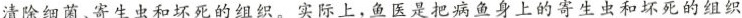
清除细菌、寄生虫和坏死的组织。实际上，鱼医是把病鱼身上的寄生虫和坏死的组织